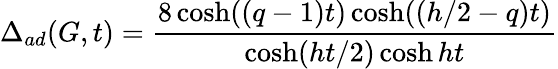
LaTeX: \Delta_{ad}(G,t)=\frac{8\cosh((q-1)t)\cosh((h/2-q)t)}{\cosh(ht/2)\cosh ht}